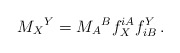
\begin{align*}M_X{}^Y=M_A{}^B f_X^{iA}f^Y_{iB}\,. \end{align*}